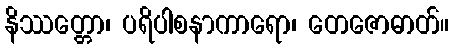
နိဿတ္တော၊ ပရိပါစနာကာရော၊ တေဇောဓာတ်။